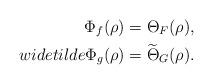
LaTeX: \begin{align*}\Phi_f(\rho)=\Theta_F(\rho),\\widetilde{\Phi}_g(\rho)=\widetilde{\Theta}_G(\rho).\end{align*}